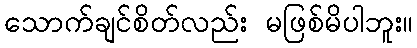
သောက်ချင်စိတ်လည်း မဖြစ်မိပါဘူး။